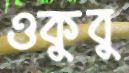
ওকুবু